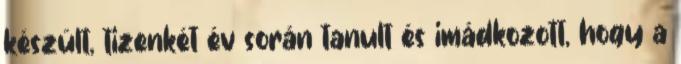
készült, tizenkét év során tanult és imádkozott, hogy a